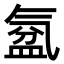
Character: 𣱦